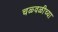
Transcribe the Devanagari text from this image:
चळ्वळीच्या